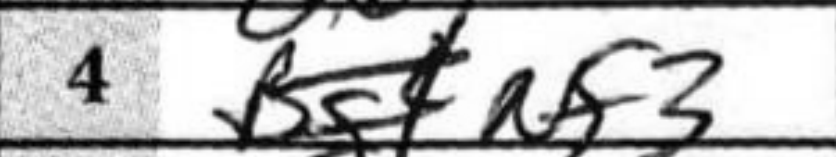
Transcription: Nf3